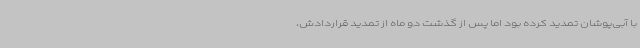
با آبی‌پوشان تمدید کرده بود اما پس از گذشت دو ماه از تمدید قراردادش،